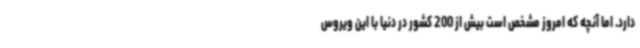
دارد. اما آنچه که امروز مشخص است بیش از 200 کشور در دنیا با این ویروس